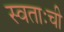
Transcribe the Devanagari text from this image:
स्वताःची